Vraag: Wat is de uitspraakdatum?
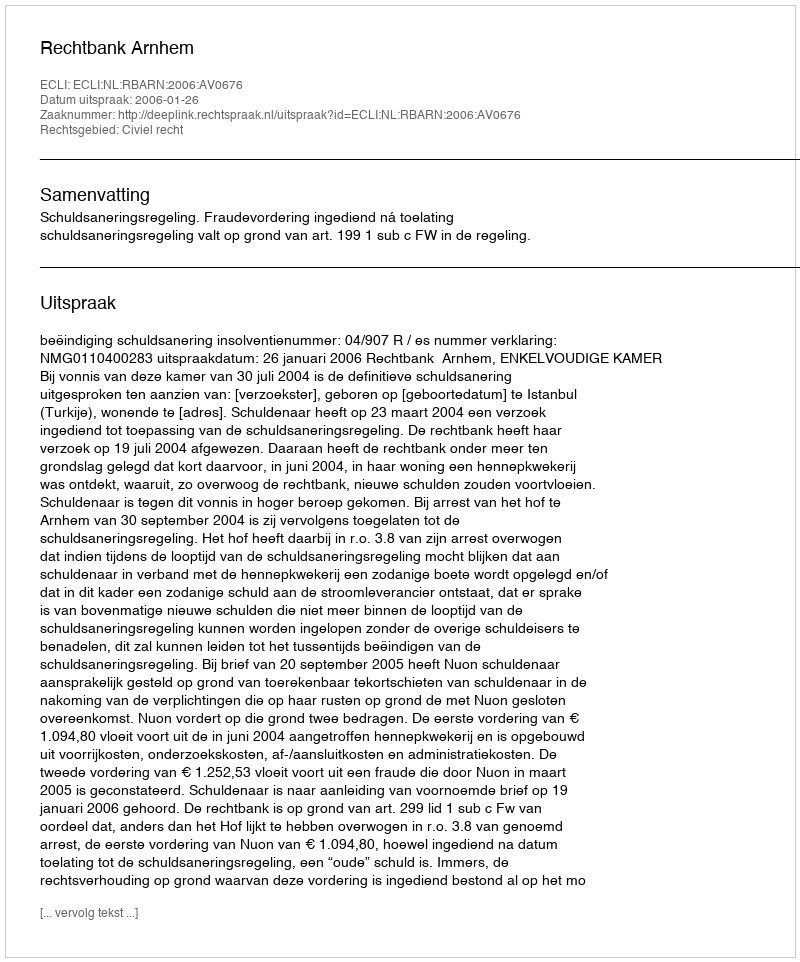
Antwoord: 2006-01-26